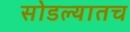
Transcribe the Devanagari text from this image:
सोडल्यातच